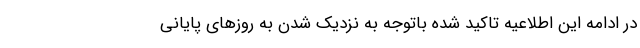
در ادامه این اطلاعیه تاکید شده باتوجه به نزدیک شدن به روزهای پایانی